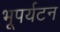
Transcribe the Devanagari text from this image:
भूपर्यटन